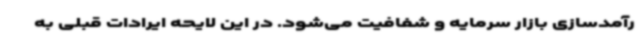
رآمدسازی بازار سرمایه و شفافیت می‌شود. در این لایحه ایرادات قبلی به